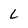
Character: L